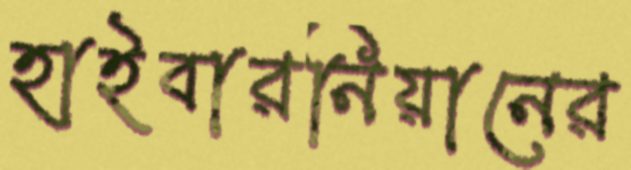
হাইবারনিয়ানের